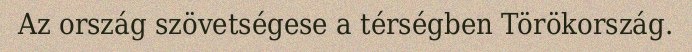
Az ország szövetségese a térségben Törökország.